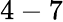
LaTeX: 4-7